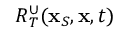
R _ { T } ^ { \cup } ( { \bf x } _ { S } , { \bf x } , t )